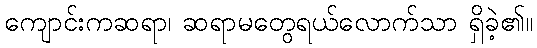
ကျောင်းကဆရာ၊ ဆရာမတွေရယ်လောက်သာ ရှိခဲ့၏။